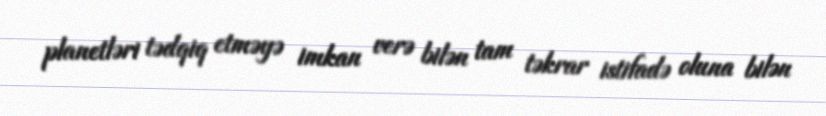
planetləri tədqiq etməyə imkan verə bilən tam təkrar istifadə oluna bilən